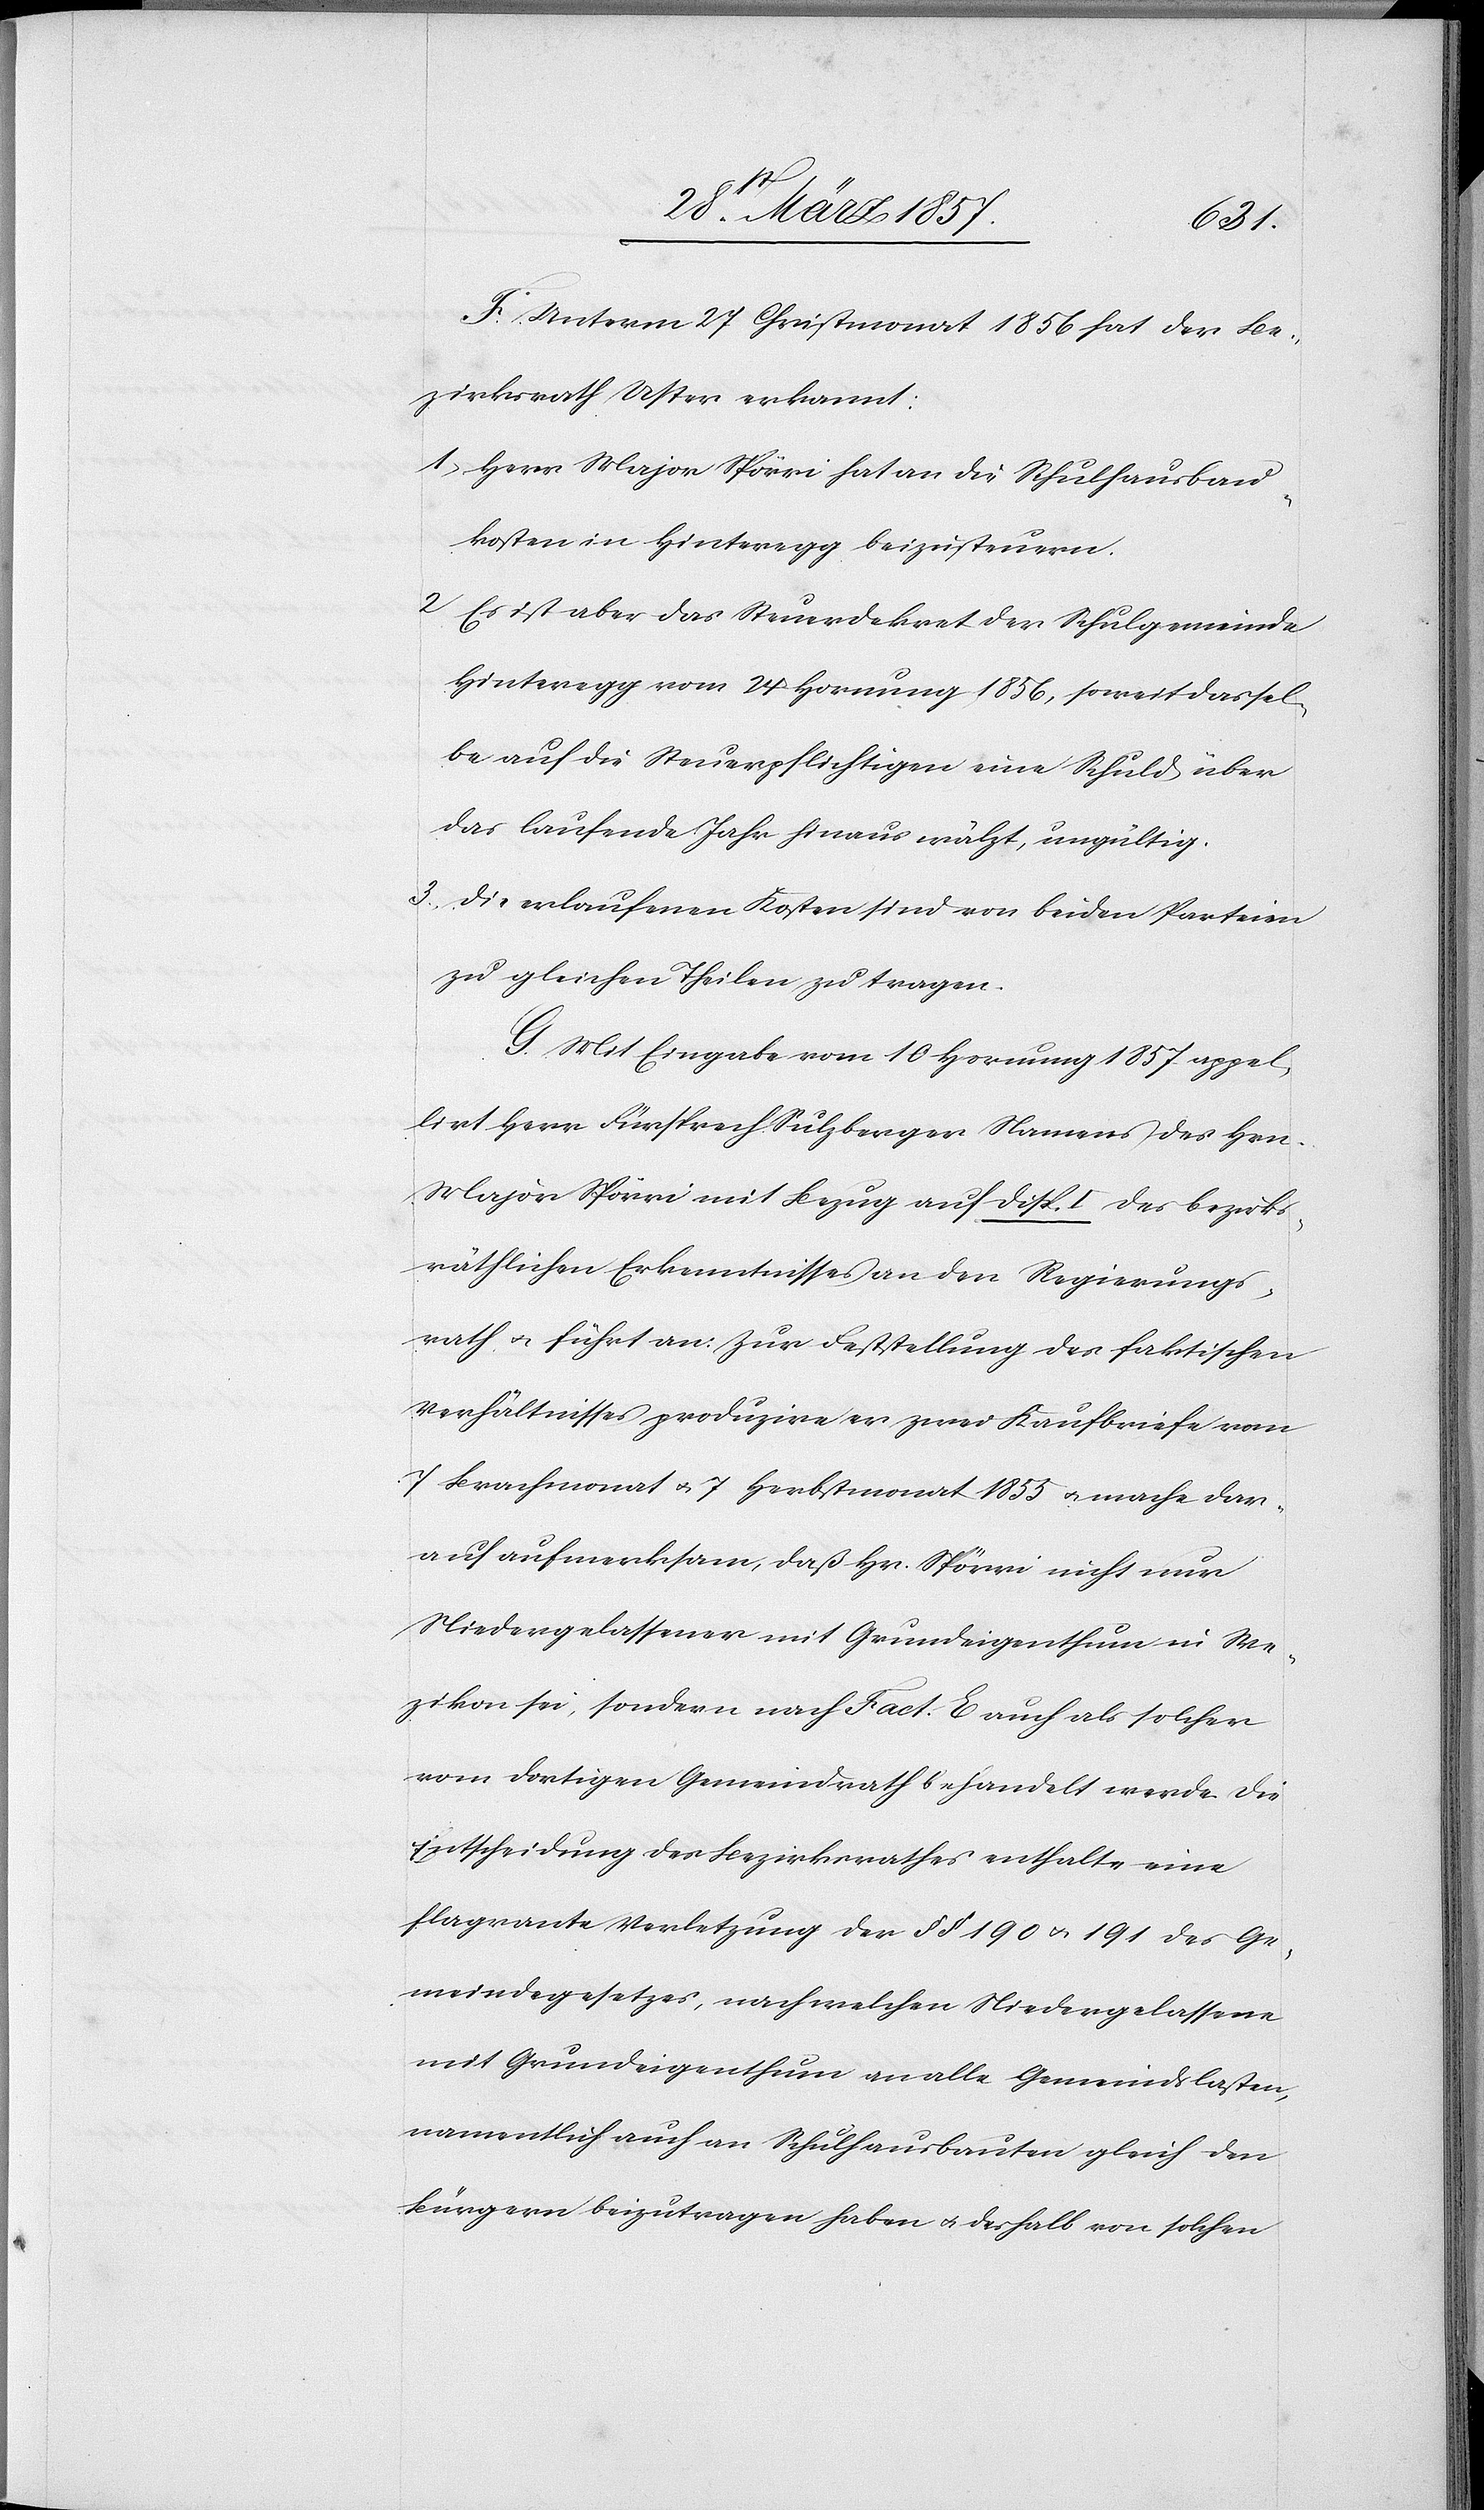
F. Unterm 27 Christmonat 1856 hat der Be¬
zirksrath Uster erkannt:
1. Herr Major Spörri hat an die Schulhausbau¬
kosten in Hinteregg beizusteuern.
2. Es ist aber das Steuerdekret der Schulgemeinde
Hinteregg vom 24 Hornung 1856, soweit dassel¬
be auf die Steuerpflichtigen eine Schuld über
das laufende Jahr hinaus wälzt, ungültig.
3. Die erlaufenen Kosten sind von beiden Parteien
zu gleichen Theilen zu tragen.
G. Mit Eingabe vom 10 Hornung 1857 appel¬
lirt Herr Fürsprech Sulzberger Namens des Hrn.
Major Spörri mit Bezug auf Disp. I. des bezirks¬
räthlichen Erkenntnisses an den Regierungs¬
rath u. führt an: Zur Feststellung des faktischen
Verhältnisses produzire er zwei Kaufbriefe vom
7 Brachmonat u. 7 Herbstmonat 1855 u. mache dar¬
auf aufmerksam, daß Hr. Spörri nicht nur
Niedergelassener mit Grundeigenthum in We¬
zikon sei, sondern nach Fact. E auch als solcher
vom dortigen Gemeindrath behandelt werde. Die
Entscheidung des Bezirksrathes enthalte eine
flagrante Verletzung der § § 190 u. 191 des Ge¬
meindegesetzes, nach welchen Niedergelassene
mit Grundeigenthum an alle Gemeindslasten,
namentlich auch an Schulhausbauten gleich den
Bürgern beizutragen haben u. deshalb von solchen